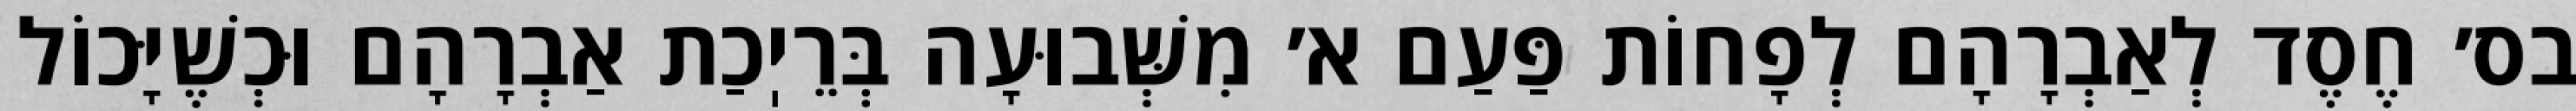
בס׳ חֶסֶד לְאַבְרָהָם לְפָחוֹת פַּעַם א׳ מִשְּׁבוּעָה בְּרֵיֽכַת אַבְרָהָם וּכְשֶׁיָּכוֹל